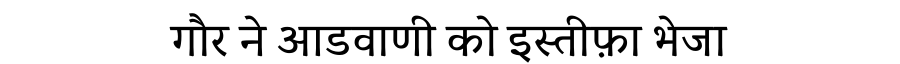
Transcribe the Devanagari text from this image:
गौर ने आडवाणी को इस्तीफ़ा भेजा